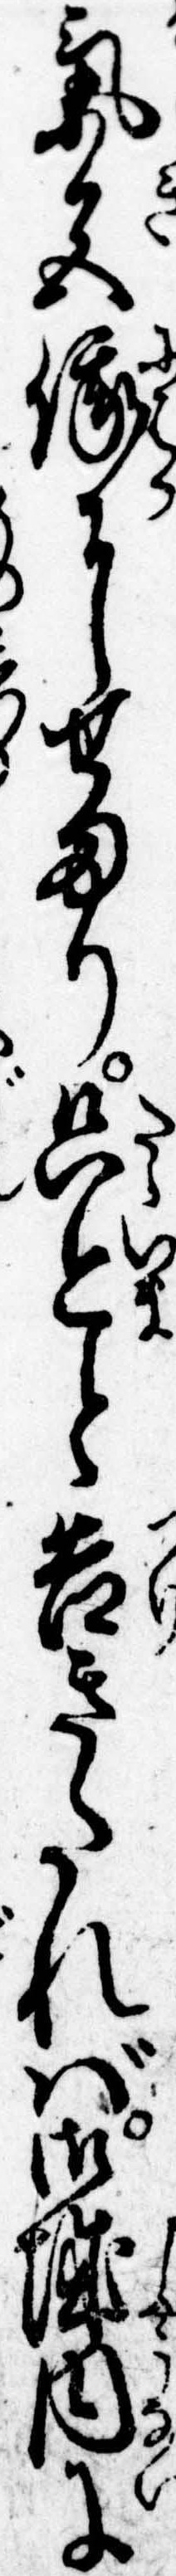
気色俄にせまり只今と告きたれば御城内に